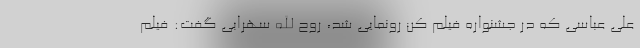
علی عباسی که در جشنواره فیلم کن رونمایی شد، روح الله سهرابی گفت: فیلم